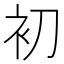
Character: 初